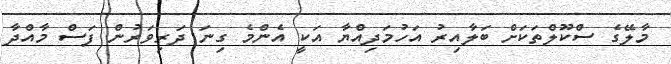
މާލޭގެ ސްކޫލްތަކަށް ބަލާއިރު އަހުމަދިއްޔާ އަކީ އެންމެ ގިނަ ދަރިވަރުން ފަސް މާއްދާ